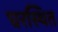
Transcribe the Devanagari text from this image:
घरस्थित